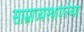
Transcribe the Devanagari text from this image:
साम्राज्यस्थापनेच्या